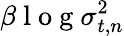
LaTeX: \beta\mathrm{~l~o~g~}\sigma_{t,n}^{2}